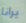
يرانا